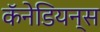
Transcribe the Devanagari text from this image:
कॅनेडियन्स